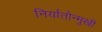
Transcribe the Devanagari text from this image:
निर्यातोन्मुखी